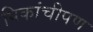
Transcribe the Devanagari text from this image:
पिकांचीपण